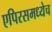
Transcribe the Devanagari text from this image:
एपिरसमध्येच